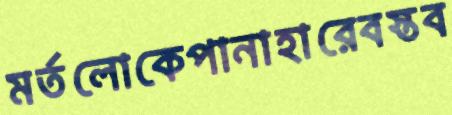
মর্তলোকেপানাহারেবস্তব